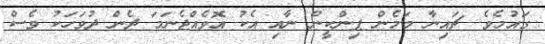
ގައުމެވެ. ޗައިނާ މަމެން ޕިންކީން ނާއި އެކު އޮވެއްޖެނަމަ ދެން ދުވަހަކު ވެސް